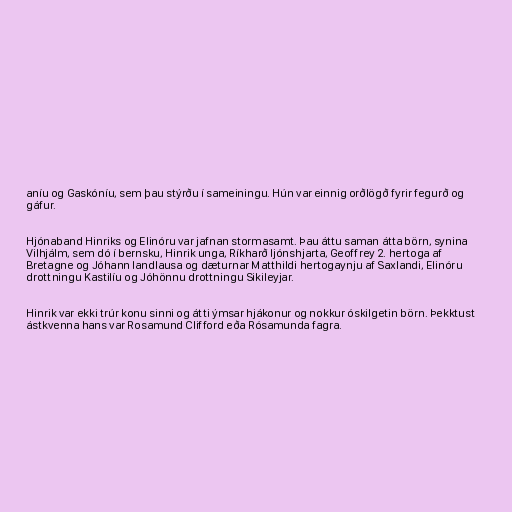
aníu og Gaskóníu, sem þau stýrðu í sameiningu. Hún var einnig orðlögð fyrir fegurð og
gáfur.

Hjónaband Hinriks og Elinóru var jafnan stormasamt. Þau áttu saman átta börn, synina
Vilhjálm, sem dó í bernsku, Hinrik unga, Ríkharð ljónshjarta, Geoffrey 2. hertoga af
Bretagne og Jóhann landlausa og dæturnar Matthildi hertogaynju af Saxlandi, Elinóru
drottningu Kastilíu og Jóhönnu drottningu Sikileyjar.

Hinrik var ekki trúr konu sinni og átti ýmsar hjákonur og nokkur óskilgetin börn. Þekktust
ástkvenna hans var Rosamund Clifford eða Rósamunda fagra.